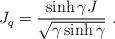
LaTeX: \begin{align*}J_q=\displaystyle\frac{\sinh\gamma J}{\sqrt{\gamma\sinh\gamma}}~.\end{align*}